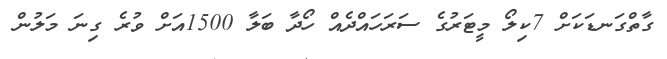
ގާތްގަނޑަކަށް 7ކިލޯ މީޓަރުގެ ސަރަހައްދެއް ހޯދާ ބަލާ 1500އަށް ވުރެ ގިނަ މަލުން